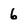
Character: 6